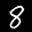
Label: 8